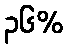
၃၆%